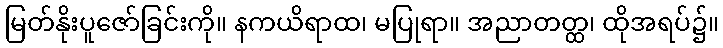
မြတ်နိုးပူဇော်ခြင်းကို။ နကယိရာထ၊ မပြုရာ။ အညာတတ္ထ၊ ထိုအရပ်၌။